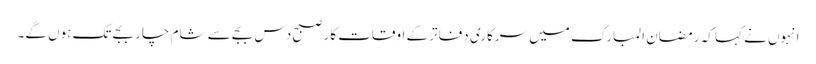
انہوں نے کہا کہ رمضان المبارک میں سرکاری دفاتر کے اوقات کار صبح دس بجے سے شام چار بجے تک ہوں گے۔